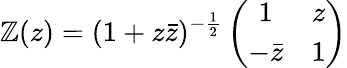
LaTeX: \mathbb{Z}(z)=(1+z\bar{{z}})^{-\frac{{1}}{{2}}}\left(\begin{array}{cc}{{1}}&{{z}}\\ {{-\bar{z}}}&{{1}}\end{array}\right)